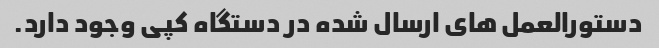
دستورالعمل های ارسال شده در دستگاه کپی وجود دارد.